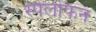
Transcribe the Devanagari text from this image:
स्पेलोफन